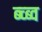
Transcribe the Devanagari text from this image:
ब्च्ब्व